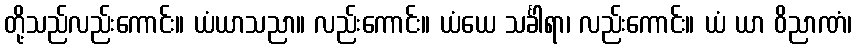
တို့သည်လည်းကောင်း။ ယံယာသညာ။ လည်းကောင်း။ ယံယေ သင်္ခါရာ၊ လည်းကောင်း။ ယံ ယာ ဝိညာဏံ၊